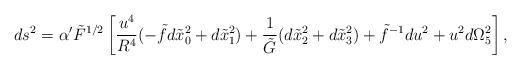
\begin{align*}ds^2=\alpha' \tilde{F}^{1/2}\left [ \frac{u^4}{R^4} (-\tilde{f} d\tilde{x}_0^2 +d\tilde{x}^2_1) + \frac{1}{\tilde{G}} (d\tilde{x}_2^2+d\tilde{x}_3^2 ) +\tilde{f}^{-1}du^2 +u^2d\Omega_5^2\right],\end{align*}